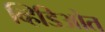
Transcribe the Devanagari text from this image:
व्हिडिओत